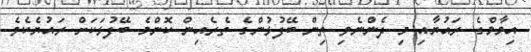
އިމާމްގެ ރައުޔާއި މި ދެންނެވި ތިން ބޭފުޅުންގެ ތެރެއިން ކޮންމެ ބޭފުޅަކަށް ރައުޔެކެވެ.